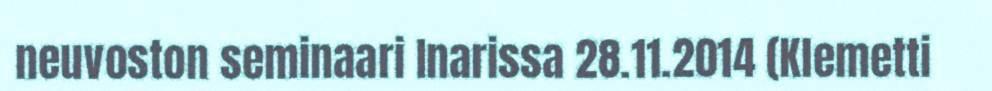
neuvoston seminaari Inarissa 28.11.2014 (Klemetti